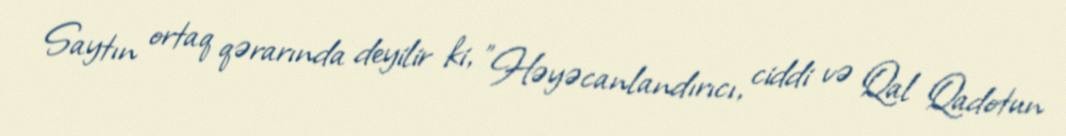
Saytın ortaq qərarında deyilir ki, "Həyəcanlandırıcı, ciddi və Qal Qadotun